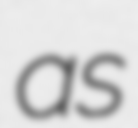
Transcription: as